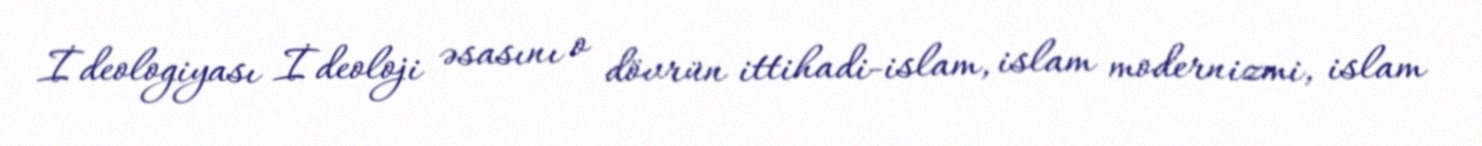
İdeologiyası İdeoloji əsasını o dövrün ittihadi-islam, islam modernizmi, islam